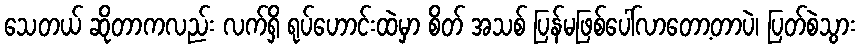
သေတယ် ဆိုတာကလည်း လက်ရှိ ရုပ်ဟောင်းထဲမှာ စိတ် အသစ် ပြန်မဖြစ်ပေါ်လာတော့တာပဲ၊ ပြတ်စဲသွား